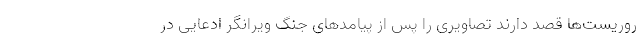
روریست‌ها قصد دارند تصاویری را پس از پیامدهای جنگ ویرانگر ادعایی در